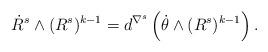
LaTeX: \begin{align*}\dot{R}^s\wedge(R^s)^{k-1}=d^{\nabla^s}\left(\dot\theta\wedge(R^s)^{k-1}\right).\end{align*}